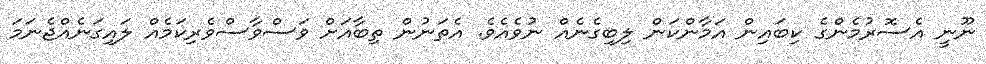
ނޫނީ އެސޮރުމެންގެ ކިބައިން އަމާންކަން ލިބިގެނެއް ނުވެއެވެ. އެތަނުން ތިބާއަށް ވަސްވާސްވެރިކަމެއް ލައިގަނެއްޖެނަމަ